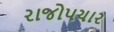
રાજોપચાર